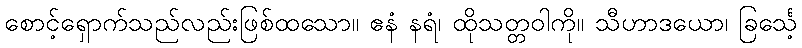
စောင့်ရှောက်သည်လည်းဖြစ်ထသော။ ဧနံ နရံ၊ ထိုသတ္တဝါကို။ သီဟာဒယော၊ ခြင်္သေ့